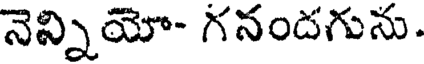
నెన్నియో- గనందగును.